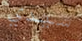
سيدي